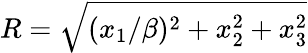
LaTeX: R=\sqrt{(x_{1}/\beta)^{2}+x_{2}^{2}+x_{3}^{2}}